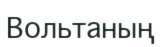
Вольтаның